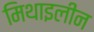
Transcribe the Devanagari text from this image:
मिथाइलीन